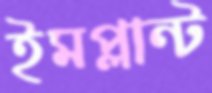
ইমপ্লান্ট